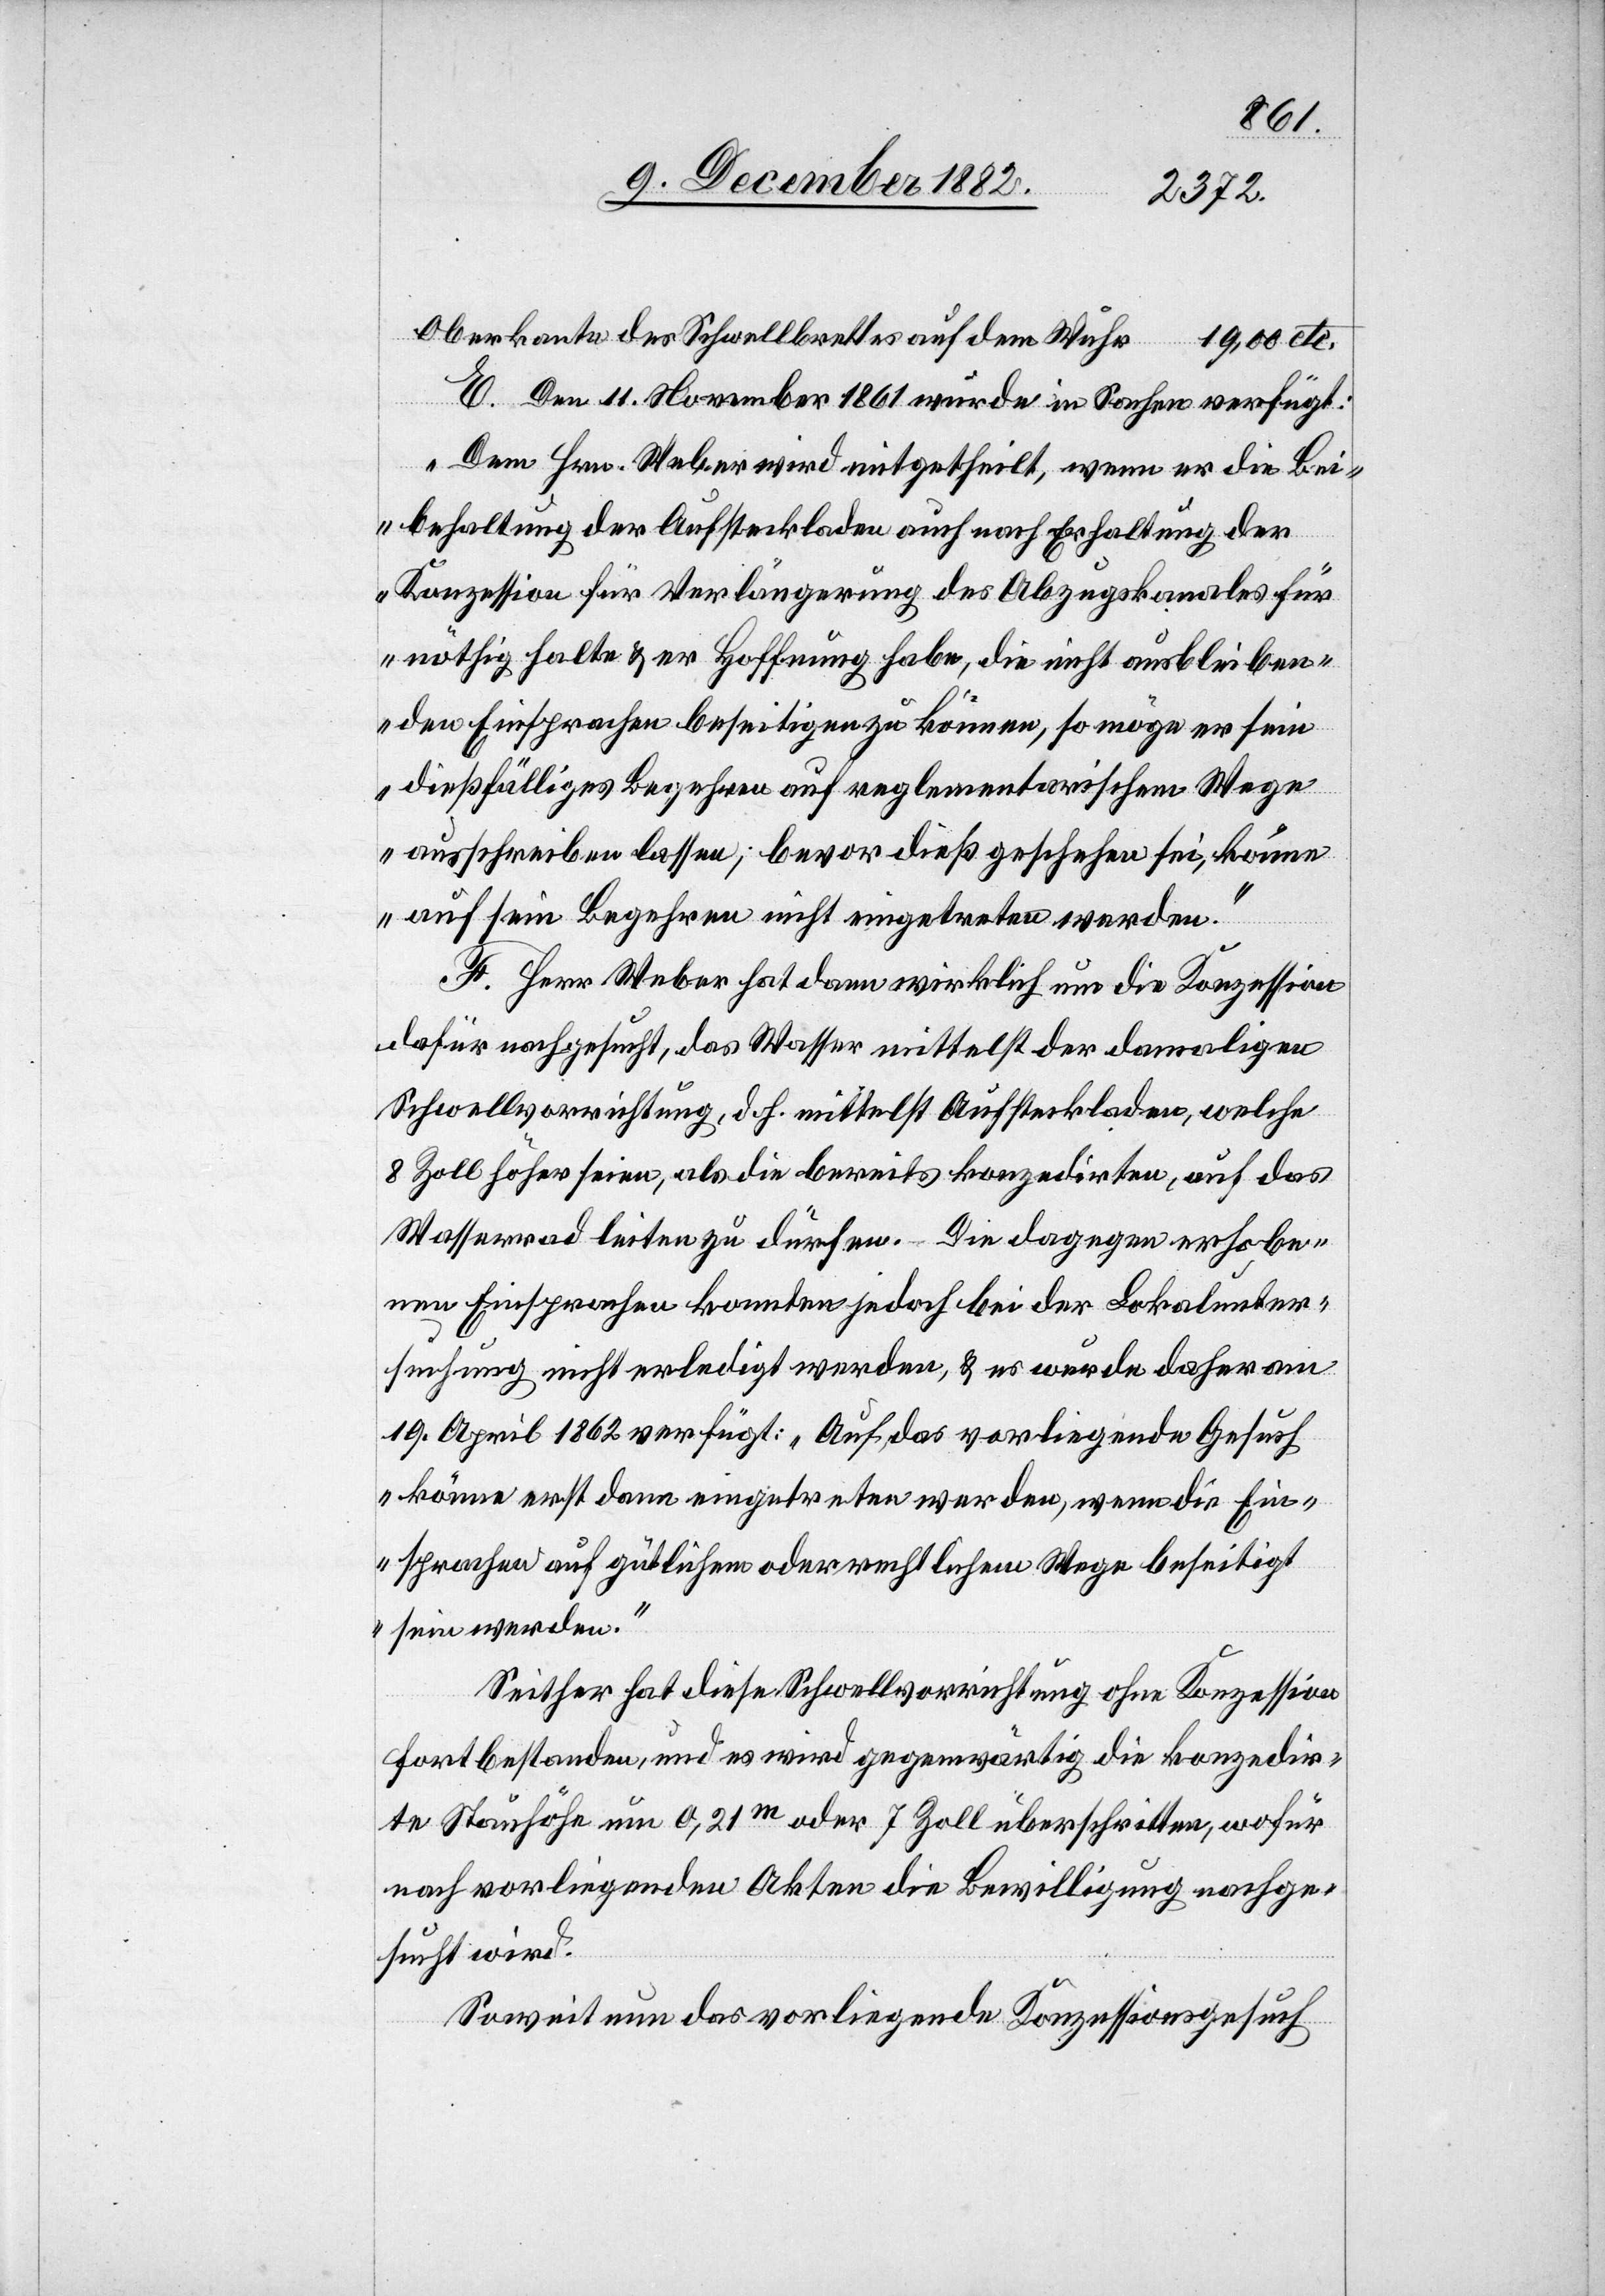
Oberkante des Schwellbrettes auf dem Wuhr
19,00 etc.
E. Den 1. November 1861 wurde in Sachen verfügt:
„Dem Hrn. Weber wird mitgetheilt, wenn er die Bei¬
behaltung der Aufsteckladen auch nach Erhaltung der
Konzession für Verlängerung des Abzugskanales für
nöthig halte & er Hoffnung habe, die nicht ausbleiben¬
den Einsprachen beseitigen zu können, so möge er sein
dießfälliges Begehren auf reglementarischem Wege
ausschreiben lassen; bevor dieß geschehen sei, könne
auf sein Begehren nicht eingetreten werden.“
F. Herr Weber hat dann wirklich um die Konzession
dafür nachgesucht, das Wasser mittelst der damaligen
Schwellvorrichtung, d. h. mittelst Aufsteckladen, welche
8 Zoll höher seien, als die bereits konzedirten, auf das
Wasserrad leiten zu dürfen. – Die dagegen erhobe¬
nen Einsprachen konnten jedoch bei der Lokalunter¬
suchung nicht erledigt werden, & es wurde daher am
19. April 1862 verfügt: „Auf das vorliegende Gesuch
könne erst dann eingetreten werden, wenn die Ein¬
sprachen auf gütlichem oder rechtlichem Wege beseitigt
sein werden.“
Seither hat diese Schwellvorrichtung ohne Konzession
fortbestanden, und es wird gegenwärtig die konzedir¬
te Stauhöhe um 0,21m oder 7 Zoll überschritten, wofür
nach vorliegenden Akten die Bewilligung nachge¬
sucht wird.
Soweit nun das vorliegende Konzessionsgesuch